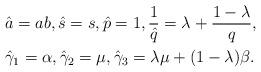
LaTeX: \begin{align*} & \hat{a}=ab, \hat{s}=s, \hat{p}=1, \frac{1}{\hat{q}}=\lambda+\frac{1-\lambda}{q}, \\ & \hat{\gamma}_1=\alpha, \hat{\gamma}_2=\mu, \hat{\gamma}_3=\lambda\mu+(1-\lambda)\beta. \end{align*}